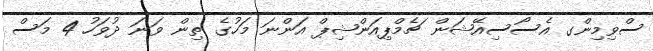
ސްވިމިންގ އެސޯސިއޭޝަން ޗެމްޕިއަންޝިޕް އަންނަ މަހުގެ ތިން ވަނަ ދުވަހު 4 މަސް